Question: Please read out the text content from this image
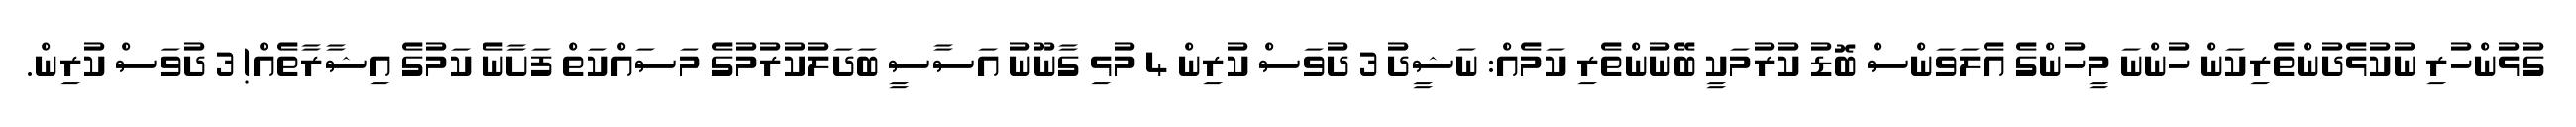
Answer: ގުޅުންހުރި ނުކުޅެދުންތެރިކަން ހުންނަ މީހުންގެ އެލަވަންސް ބޮޑު ކުރުމަކީ ބޭނުންތެރި ކަމެއް: ނަޝީދު 3 ދުވަސް ކުރިން 4 މުޅި ގާނޫނު އަސާސީ ބަދަލުކުރުމުގެ މަސައްކަތް ފަށާނެ ކަމުގެ އިޝާރާތެއް! 3 ދުވަސް ކުރިން.